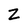
Character: Z